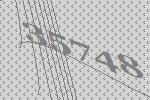
35748